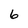
Character: 6